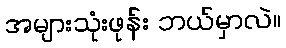
အများသုံးဖုန်း ဘယ်မှာလဲ။